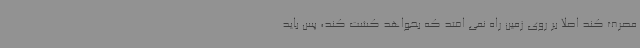
مصرف کند اصلا بر روی زمین راه نمی افتد که بخواهد کشت کند، پس باید